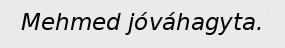
Mehmed jóváhagyta.